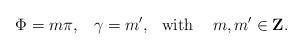
LaTeX: \begin{align*}\Phi = m \pi, \,\,\,\,\,\gamma =m', \,\,\,\,\mbox{with}\,\,\,\,\,\,\, m, m'\in \mbox{{\bf Z}}.\end{align*}